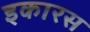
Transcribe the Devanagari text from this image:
इकारस